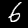
Label: 6